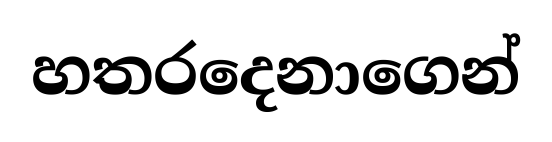
හතරදෙනාගෙන්